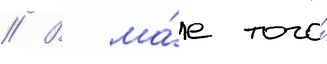
// В ма́е того́